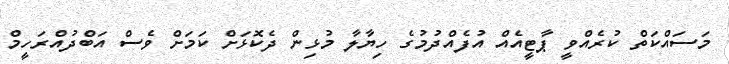
މަސައްކަތް ކުރެއްވީ ޕާޓީއެއް އުފެއްދުމުގެ ހިޔާލާ މުޅިން ދެކޮޅަށް ކަމަށް ވެސް އަބްދުއްރަހީމް